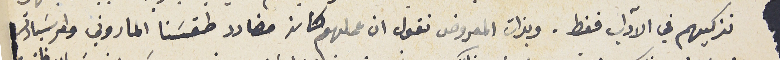
نزكيهم في الآداب فقط. وبذات المعروض نقول ان عملهم كان مضادد طقسَنا الماروني وامر سَيادتكم